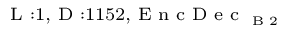
_ { \textrm { L } : 1 , \textrm { D } : 1 1 5 2 , \textrm { E n c D e c } _ { \textrm { B } 2 } }